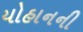
યોહાનની